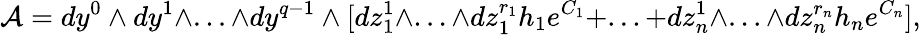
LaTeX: {\cal A}=dy^{0}\wedge dy^{1}\wedge...\wedge dy^{q-1}\wedge[dz_{1}^{1}\wedge...\wedge dz_{1}^{r_{1}}h_{1}e^{C_{1}}+...+dz_{n}^{1}\wedge...\wedge dz_{n}^{r_{n}}h_{n}e^{C_{n}}],